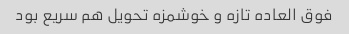
فوق العاده تازه و خوشمزه تحویل هم سریع بود